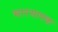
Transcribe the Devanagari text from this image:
भारमापक